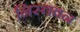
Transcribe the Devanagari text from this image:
निस्तवन